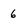
Character: 6